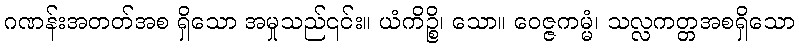
ဂဏန်းအတတ်အစ ရှိသော အမှုသည်၎င်း။ ယံကိဉ္စိ၊ သော။ ဝေဇ္ဇကမ္မံ၊ သလ္လကတ္တအစရှိသော